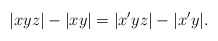
\begin{align*} |xyz| - |xy| = |x'yz| - |x'y|. \end{align*}